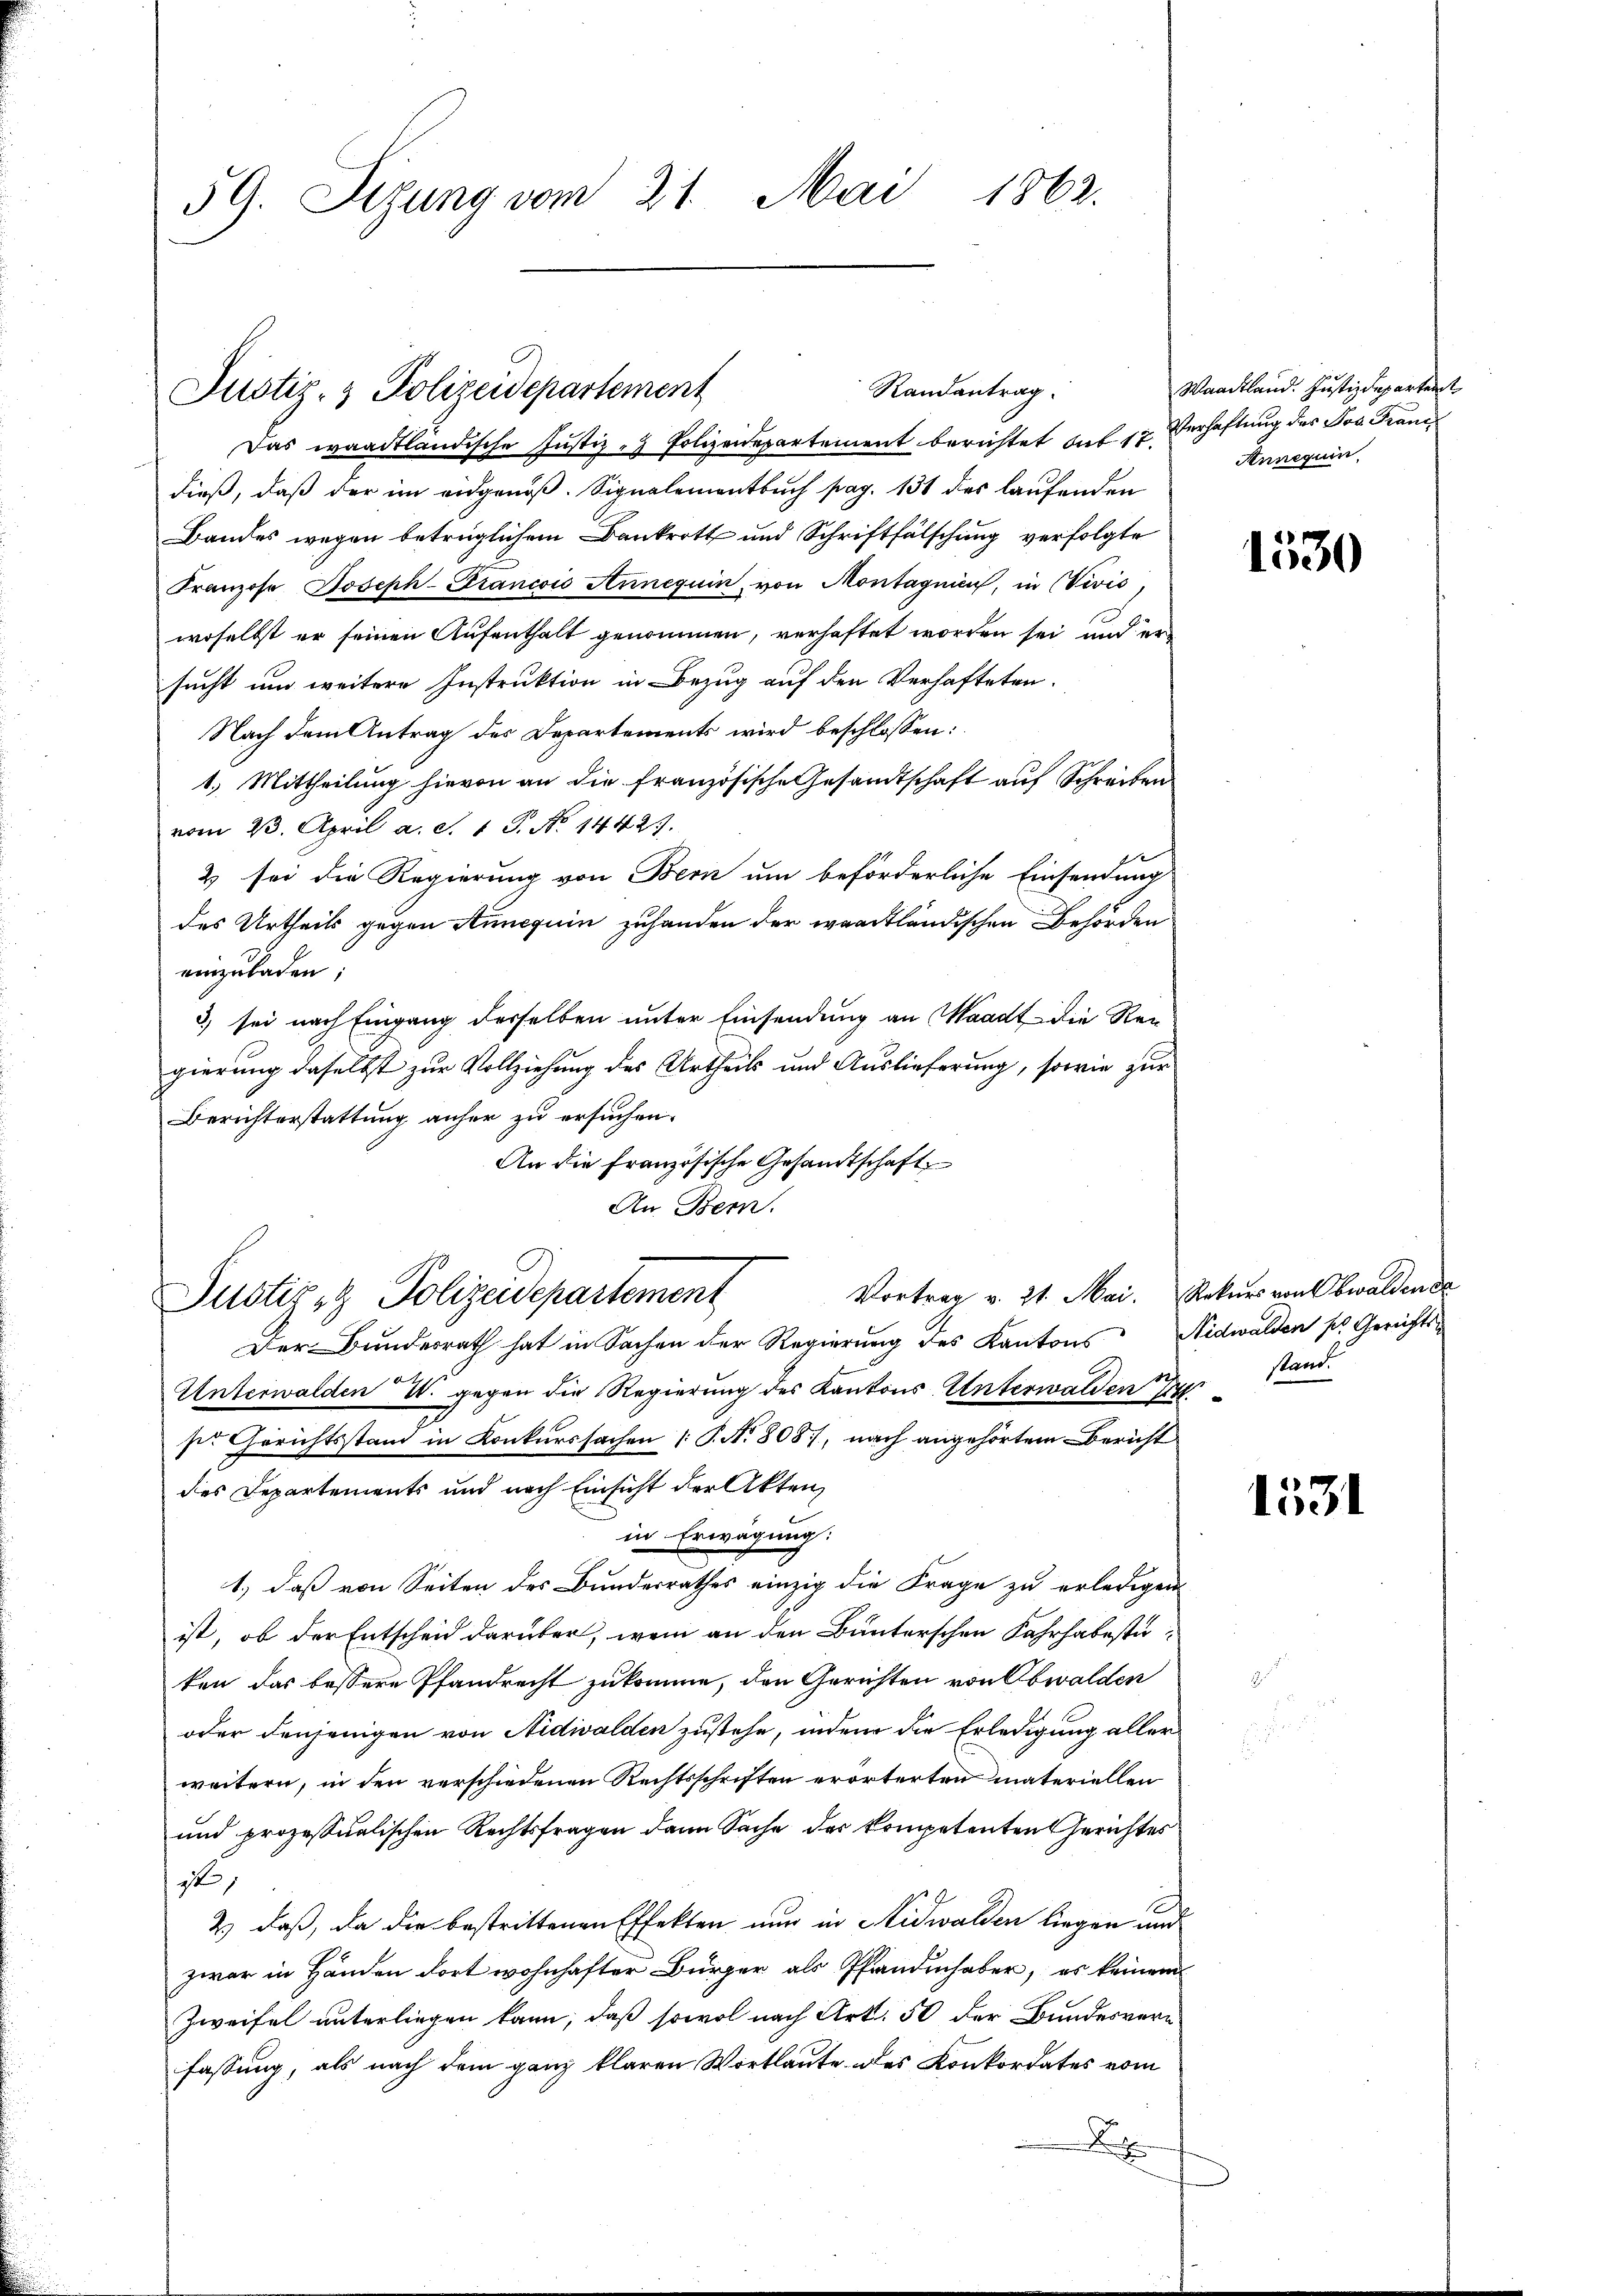
59. Sizung vom 21. Mai 1862.

Justiz- & Polizeidepartement

Justiz & Polizeidepartement

Randantrag.

Das waadtländische Justiz - Polizeidepartement berichtet auf 12 Verhaftung des Jos. Franz
dieß, daß der im eidgenöß. Signalementbuch pag. 131 des laufenden
Bandes wegen betrüglichem Bankrott und Schriftfälschung verfolgte
Franzose Joseph-Francois Anneguin, von Montagnin, in Civić
woselbst er seinen Aufenthalt genommen, verhaftet worden sei und er
sucht und weitere Instruktion in Bezug auf den Verhafteten.
Nach dem Antrag des Departements wird beschlossen:
1.) Mittheilung hievon an die französische Gesandtschaft auf Schreiben.
vom 23. April a. S. 1 P. No 1442).
2 sei die Regierung von Bern um beförderliche Einsendung
des Urtheils gegen Annequin zuhanden der waadtländischen Behörden
einzuladen;
3) sei nach Eingang derselben unter Einsendung an Waadt die Rei
gierung daselbst zur Vollziehung des Urtheils und Auslieferung, sowie zur
Berichterstattung anher zu ersuchen.
An die Französische Gesandtschaft
An Bern.
Vortrag v. 21. Mai. Rekurs von Obwaldende
Der Bundesrath hat in Sachen der Regierung des Kantons Nidwalden pr. Gerichts-
Unterwalden W. gegen die Regierung des Kantons Unterwalden Testand.
sie Gerichtsstand in Konkurssachen (T. N. 808, nach angehörtem Bericht
des Departements und nach Einsicht der Akten,
in Erwägung:
1.) daß von Seiten des Bundesrathes einzig die Frage zu erledigen
ist, ob der Entscheid darüber, wenn an den Bunterschen Fahrhabesteten das bessere Pfandrecht zukomme, den Gerichten von Obwalden
oder denjenigen von Nidwalden zustehe, indem die Erledigung aller
weitern, in den verschiedenen Rechtsschriften erörterten materiellen
und prozessualischen Rechtsfragen dann Sache der kompetenten Gerichtes
1
2.) daß, da die bestrittenen Effekten nur in Nidwalden liegen und
zwar in Händen dort wohnhafter Bürger als Pfandinhaber, es keinem
Zweifel unterliegen kann, daß sowol nach Art. 50 der Bundesverfassung, als nach dem ganz klaren Wortlaute des Konkordates vom
x

Waadtland. Justizdepartent
Annequin

1530

1531